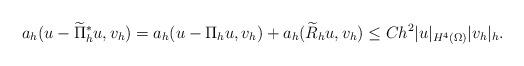
LaTeX: \begin{align*} a_h(u-\widetilde{\Pi}_h^*u,v_h)=a_h(u-\Pi_h u,v_h)+a_h(\widetilde{R}_hu,v_h)\leq Ch^2|u|_{H^4(\Omega)}|v_h|_h. \end{align*}